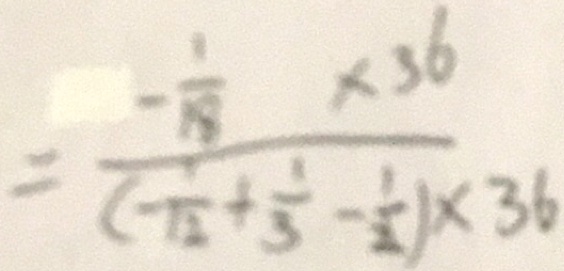
= \frac { - \frac { 1 } { 1 8 } \times 3 6 } { ( - \frac { 1 } { 1 2 } + \frac { 1 } { 3 } - \frac { 1 } { 2 } ) \times 3 6 }